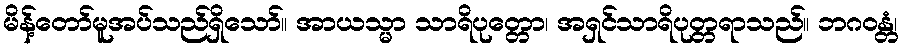
မိန့်တော်မူအပ်သည်ရှိသော်။ အာယသ္မာ သာရိပုတ္တော၊ အရှင်သာရိပုတ္တရာသည်။ ဘဂဝန္တံ၊